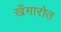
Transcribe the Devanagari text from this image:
खँगारोत